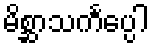
မိစ္ဆာသင်္ကပ္ပေါ